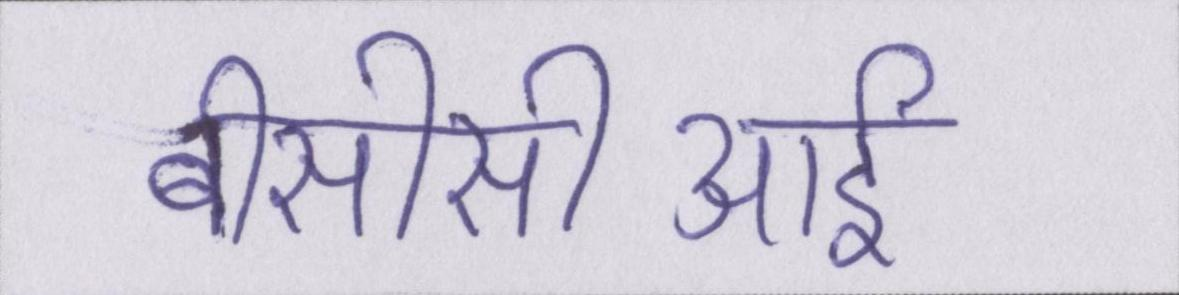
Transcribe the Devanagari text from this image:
बीसीसीआई